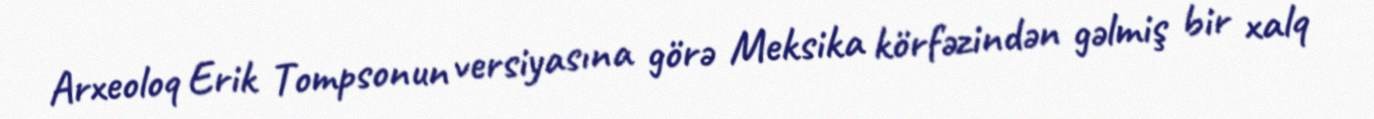
Arxeoloq Erik Tompsonun versiyasına görə Meksika körfəzindən gəlmiş bir xalq